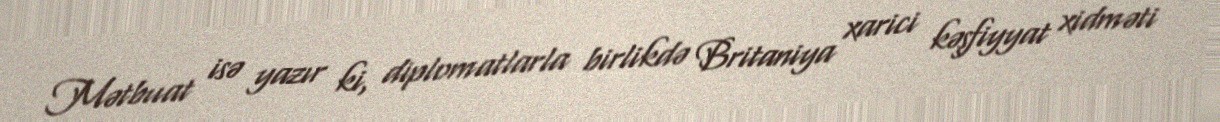
Mətbuat isə yazır ki, diplomatlarla birlikdə Britaniya xarici kəşfiyyat xidməti